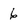
Character: 6